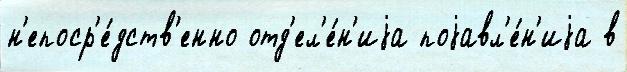
н'епоср'е́дств'енно отд'ел'е́н'иjа поjавл'е́н'иjа в